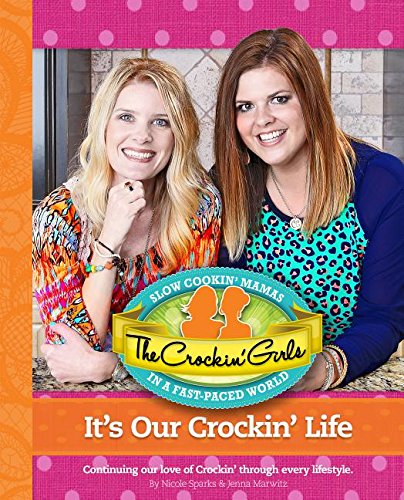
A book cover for The Crockin Girls It's Our Crockin' Life: Continuing Our Love of Crockin' Through Every Lifestyle; Nicole Sparks; Cookbooks, Food & Wine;